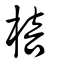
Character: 棓